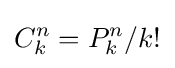
C_{k}^{n}=P_{k}^{n}/k!